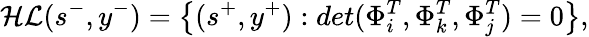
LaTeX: \mathcal{HL}(s^{-},y^{-})=\left\{ (s^{+},y^{+}):det(\Phi_{i}^{T},\Phi_{k}^{T},\Phi_{j}^{T})=0\right\} ,